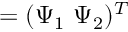
\begin{array} { r } { { \bf \Psi } = ( { \Psi _ { 1 } } \ { \Psi _ { 2 } } ) ^ { T } } \end{array}